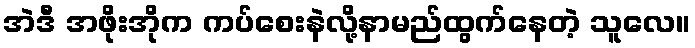
အဲဒီ အဖိုးအိုက ကပ်စေးနဲလို့နာမည်ထွက်နေတဲ့ သူလေ။